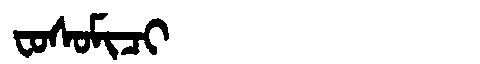
Manchu: ᠸᠣᠰᠣᠮᡳᠴᡳ
Romanization: FOSOMICI